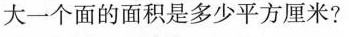
大一个面的面积是多少平方厘米?